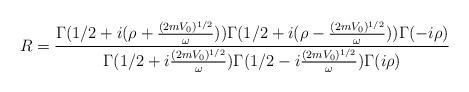
LaTeX: \begin{align*}R=\frac{\Gamma (1/2+i(\rho + \frac{(2mV_0)^{1/2}}{\omega} ) )\Gamma (1/2+i(\rho - \frac{(2mV_0)^{1/2}}{\omega}) )\Gamma (-i\rho)}{\Gamma (1/2+i \frac{(2mV_0)^{1/2}}{\omega} )\Gamma (1/2-i\frac{(2mV_0)^{1/2}}{\omega} )\Gamma (i\rho)}\end{align*}